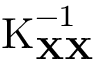
\operatorname { K } _ { \mathbf { X } \mathbf { X } } ^ { - 1 }